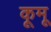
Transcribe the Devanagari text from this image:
कूमू